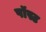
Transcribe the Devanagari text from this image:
पॉस्ट